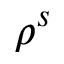
\rho ^ { s }